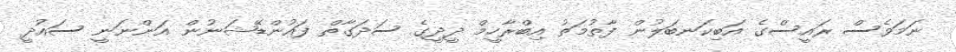
ނަމަވެސް ރައީސްގެ އަބިކަނބަލުން ފާތުމަތު އިބްރާހީމް ދީދީގެ ސަދަގާތް ފައުންޑޭޝަނުން އަންނަނީ ސައުދީ